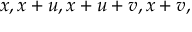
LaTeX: x , x + u , x + u + v , x + v ,